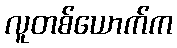
လူတစ်ယောက်က